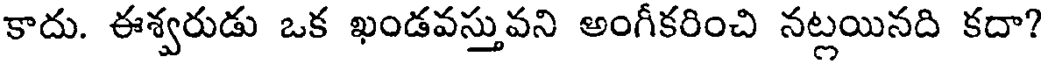
కాదు. ఈశ్వరుడు ఒక ఖండవస్తువని అంగీకరించి నట్లయినది కదా?